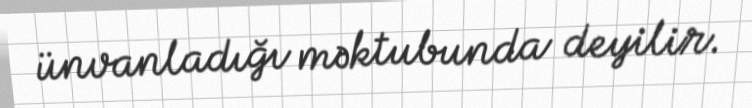
ünvanladığı məktubunda deyilir.